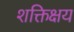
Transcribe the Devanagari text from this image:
शक्तिक्षय